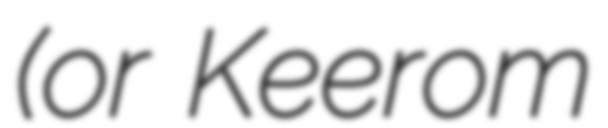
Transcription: (or Keerom